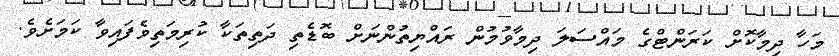
މަހާ ދިމާކޮށް ކަރަންޓްގެ މައްސަލަ ދިމާވުމުން ރައްޔިތުންނަށް ބޮޑެތި ދަތިތަކާ ކުރިމަތިވެފައިވާ ކަމަށެވެ.